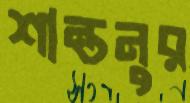
শান্তনুর